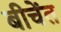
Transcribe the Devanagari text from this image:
बीचेंत